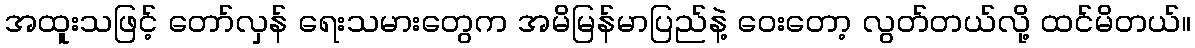
အထူးသဖြင့် တော်လှန် ရေးသမားတွေက အမိမြန်မာပြည်နဲ့ ဝေးတော့ လွတ်တယ်လို့ ထင်မိတယ်။